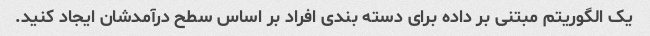
یک الگوریتم مبتنی بر داده برای دسته بندی افراد بر اساس سطح درآمدشان ایجاد کنید.